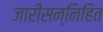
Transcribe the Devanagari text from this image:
जारीसन्निहित